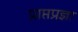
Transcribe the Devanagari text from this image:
प्राप्तप्रज्ञा